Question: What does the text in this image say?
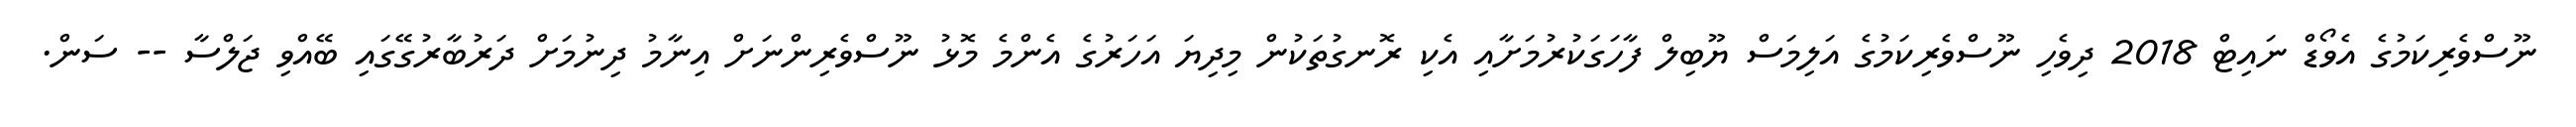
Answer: ނޫސްވެރިކަމުގެ އެވޯޑް ނައިޓް 2018 ދިވެހި ނޫސްވެރިކަމުގެ އަލިމަސް ޔޫބިލް ފާހަގަކުރުމަށާއި އެކި ރޮނގުތަކުން މިދިޔަ އަހަރުގެ އެންމެ މޮޅު ނޫސްވެރިންނަށް އިނާމު ދިނުމަށް ދަރުބާރުގޭގައި ބޭއްވި ޖަލްސާ -- ސަން.